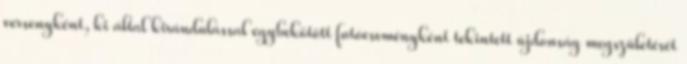
versenyként, ki által kirándulással egybekötött futóeseményként tekintett újdonság megszületését